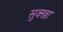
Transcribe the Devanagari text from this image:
सुक्खा